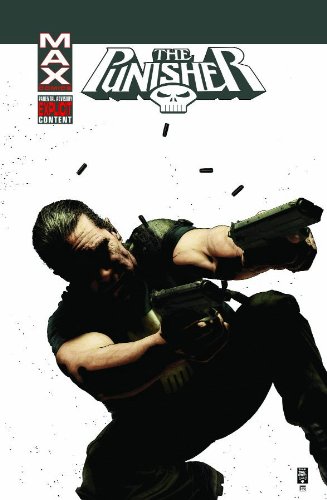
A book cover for Punisher MAX Vol. 5: The Slavers; Garth Ennis; Comics & Graphic Novels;